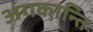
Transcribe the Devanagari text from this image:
अंगकान्ति